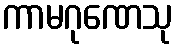
ကာမဂုဏေသု